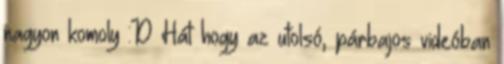
nagyon komoly :D Hát hogy az utolsó, párbajos videóban